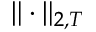
\Vert \cdot \Vert _ { 2 , T }